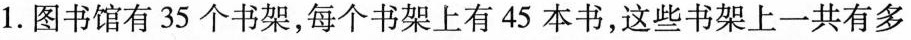
1.图书馆有35个书架，每个书架上有45本书，这些书架上一共有多